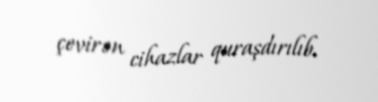
çevirən cihazlar quraşdırılıb.